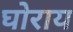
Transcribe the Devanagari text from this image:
घोराय